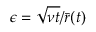
\epsilon = \sqrt { \nu t } / { \bar { r } ( t ) }